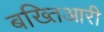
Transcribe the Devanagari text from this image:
बख्तिआरी